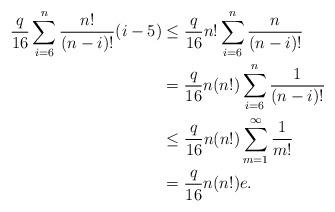
LaTeX: \begin{align*} \frac{q}{16}\sum_{i=6}^n \frac{n!}{(n-i)!}(i-5) &\leq\frac{q}{16} n! \sum_{i=6}^n \frac{n}{(n-i)!}\\&= \frac{q}{16}n(n!)\sum_{i=6}^n \frac{1}{(n-i)!}\\&\leq \frac{q}{16}n(n!) \sum_{m=1}^\infty \frac{1}{m!}\\&=\frac{q}{16}n(n!)e.\end{align*}